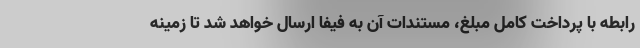
رابطه با پرداخت کامل مبلغ، مستندات آن به فیفا ارسال خواهد شد تا زمینه